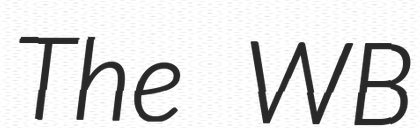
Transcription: The WB